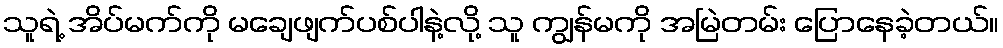
သူရဲ့ အိပ်မက်ကို မချေဖျက်ပစ်ပါနဲ့လို့ သူ ကျွန်မကို အမြဲတမ်း ပြောနေခဲ့တယ်။